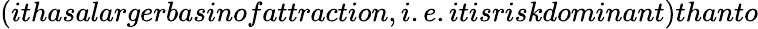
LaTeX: (ithasalargerbasinofattraction,i.e.itisriskdominant)thanto